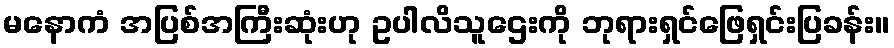
မနောကံ အပြစ်အကြီးဆုံးဟု ဥပါလိသူဌေးကို ဘုရားရှင်ဖြေရှင်းပြခန်း။